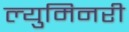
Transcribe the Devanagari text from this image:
ल्युमिनरी